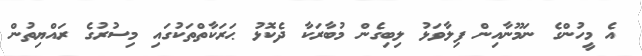
އެ މީހުންގެ ނަމޫނާއިން ފިލާވަޅު ލިބިގެން މުބާރަކާ ދެކޮޅު ޙަރަކާތްތަކުގައި މިސުރުގެ ރައްޔިތުން